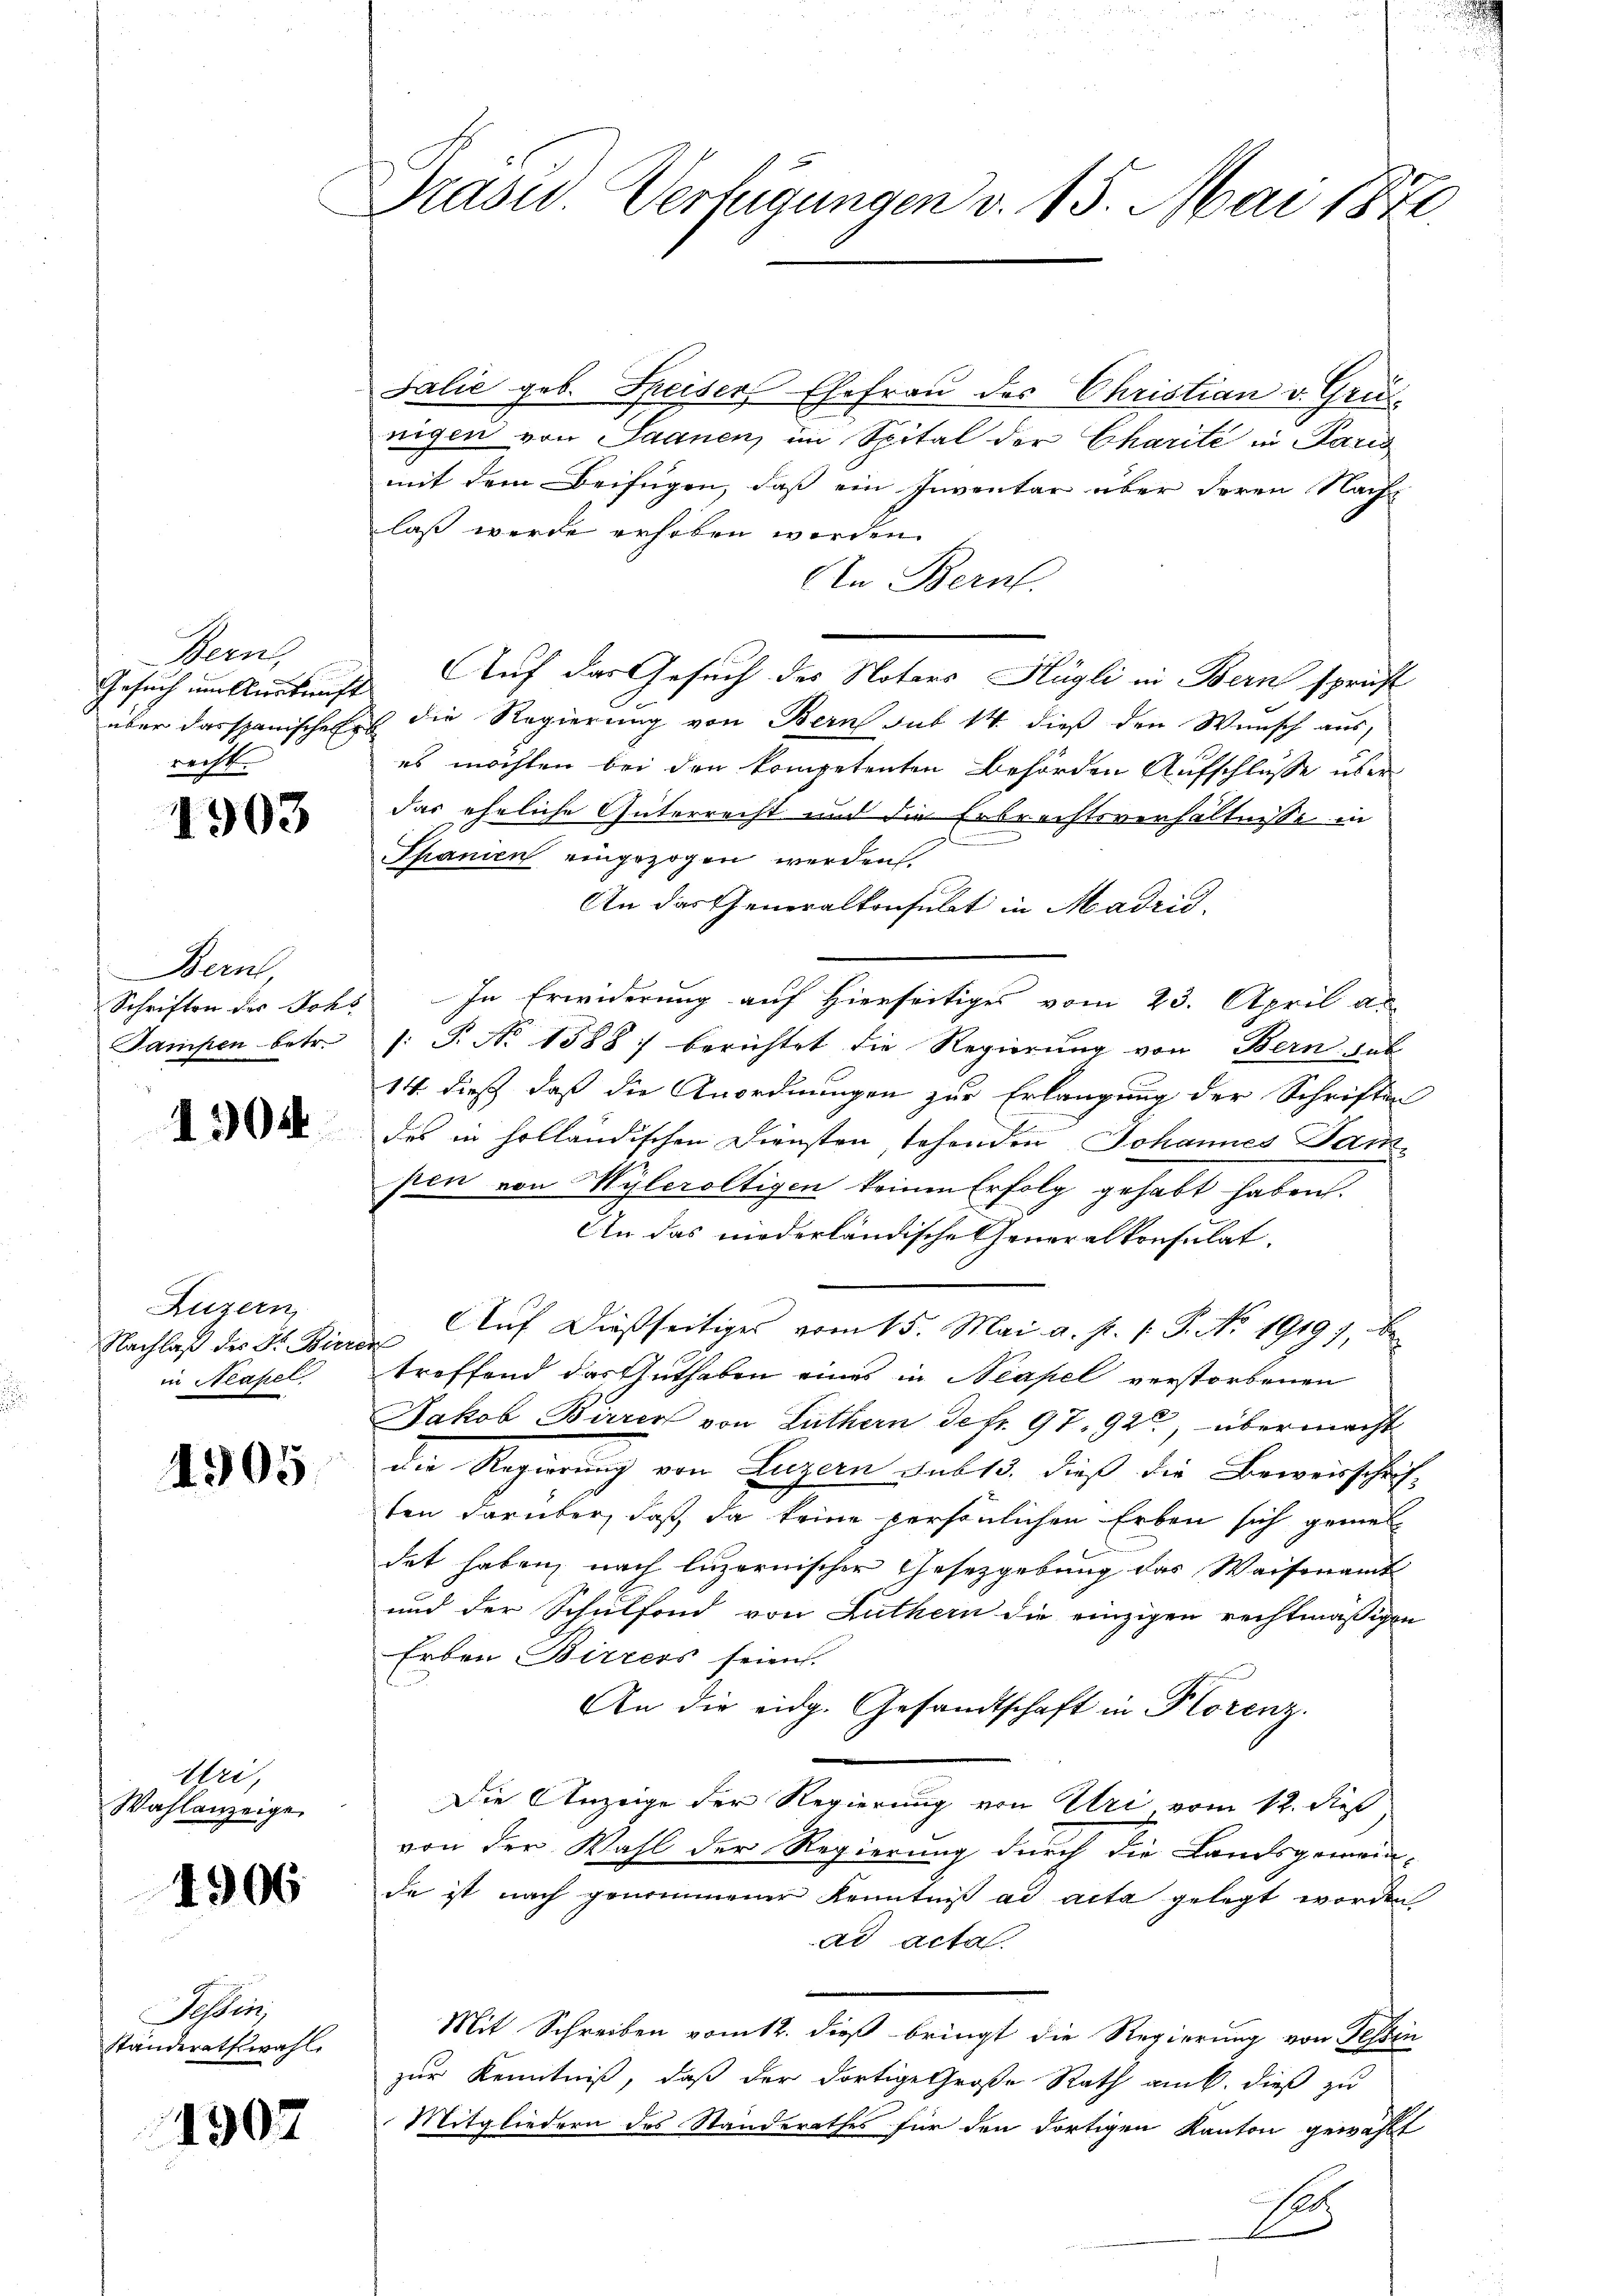
Perng
recht. |

1903

Bern,
Schriften des Johs
Sampen betr.

1304

Luzern,
Nachlaß des Dr. Bier
in Neapel.

1905

Wei
Wahlanzeige

4906

Tessin,
Ständerathswahl.

1907

Prasid. Verfügungen v. 15. Mai 1872.

Talić geb. Speiser Ehefrau des Christian v. Grus-
nigen von Saanen, im Spital der Charité in Paris
mit dem Beifügen, daß ein Inventar über deren Nach-
laß werde erhoben werden.
An Bern.
Gesuch um Auskunft Auf das Gesuch des Notars Hügli in Bern spricht
über das spanisches die Regierung von Bern sub 14 dieß den Wunsch aus,
es möchten bei den kompetenten Behörden Aufschlusse überdas eheliche Güterrecht und die Erbrechtsverhältnisse in

Spanien eingezogen werden.
An das Generalkonsulat in Madrid
In Erwiderung auf Hierseitiges vom 23. April an
: P. No 1588 : berichtet die Regierung von Bern hab
14. dieß, daß die Anordnungen zur Erlangung der Schriften
des in holländischen Diensten, stehenden Johannes Parpen von Wyleroltigen keinen Erfolg gehabt haben.
An das niederländische Generalkonsulat,
Auf dießseitiges vom 15. Mai a. p. 1. P. No. 19197, be-
af
treffend das Guthaben eines in Neapel verstorbenen
Jakob Birrer von Luthern de fr. 97, 92, übermacht
die Regierung von Luzern sub 13. dieß die Beweisschrif-
ten darüber, daß da keine persönlichen Erben sich gemei
det haben, nach luzernischer Gesetzgebung das Waisenamt
und der Schulfond von Luthern die einzigen rechtmäßigen
Erben Birrers seien.
An die eidg. Gesandtschaft in Klorenz.
Die Anzeige der Regierung von Uri vom 12. dieß
von der Wahl der Regierung durch die Landsgemeinde ist nach genommener Kenntniß ad acta gelegt worden
ad acta.
Mit Schreiben vom 12. dieß bringt die Regierung von Tessin
zur Kenntniß, daß der dortige Große Rath am 6. dieß zu
Mitgliedern des Standerathes für den dortigen Kanton gewählt
Se

g